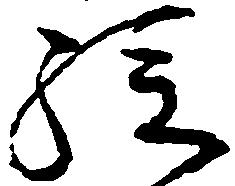
孫